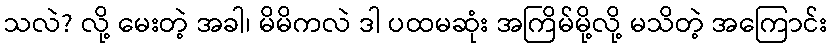
သလဲ? လို့ မေးတဲ့ အခါ၊ မိမိကလဲ ဒါ ပထမဆုံး အကြိမ်မို့လို့ မသိတဲ့ အကြောင်း